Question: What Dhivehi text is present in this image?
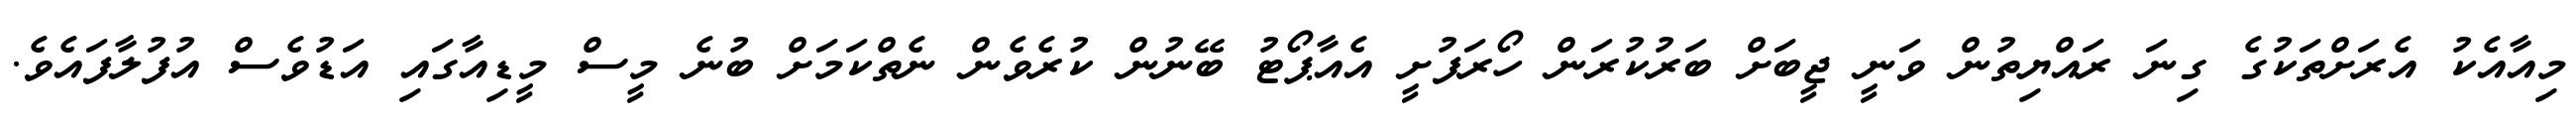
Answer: މިއާއެކު އެރަށްތަކުގެ ގިނަ ރައްޔިތުން ވަނީ ޖީބަށް ބަރުކުރަން ހޯރަފުށީ އެއާޕޯޓު ބޭނުން ކުރެވެން ނެތްކަމަށް ބުނެ މީސް މީޑިއާގައި އަޑުވެސް އުފުލާފައެވެ.